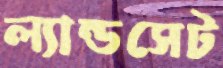
ল্যান্ডসেট